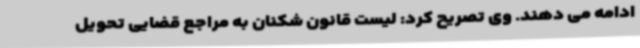
ادامه می دهند. وی تصریح کرد: لیست قانون شکنان به مراجع قضایی تحویل